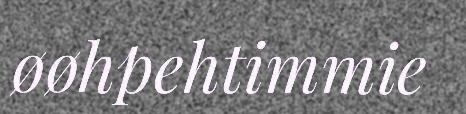
øøhpehtimmie